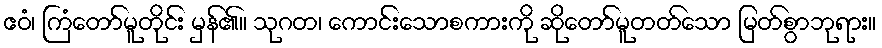
ဧဝံ၊ ကြံတော်မူတိုင်း မှန်၏။ သုဂတ၊ ကောင်းသောစကားကို ဆိုတော်မူတတ်သော မြတ်စွာဘုရား။